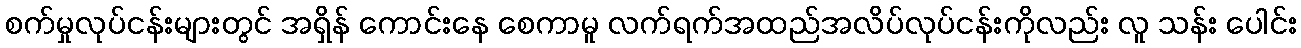
စက်မှုလုပ်ငန်းများတွင် အရှိန် ကောင်းနေ စေကာမူ လက်ရက်အထည်အလိပ်လုပ်ငန်းကိုလည်း လူ သန်း ပေါင်း